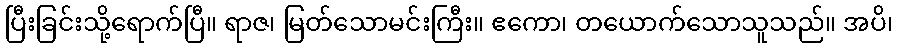
ပြီးခြင်းသို့ရောက်ပြီ။ ရာဇ၊ မြတ်သောမင်းကြီး။ ဧကော၊ တယောက်သောသူသည်။ အပိ၊